Annual statistical returns and brief notes on vaccination in Bengal - 1887-1898
Year: 1887
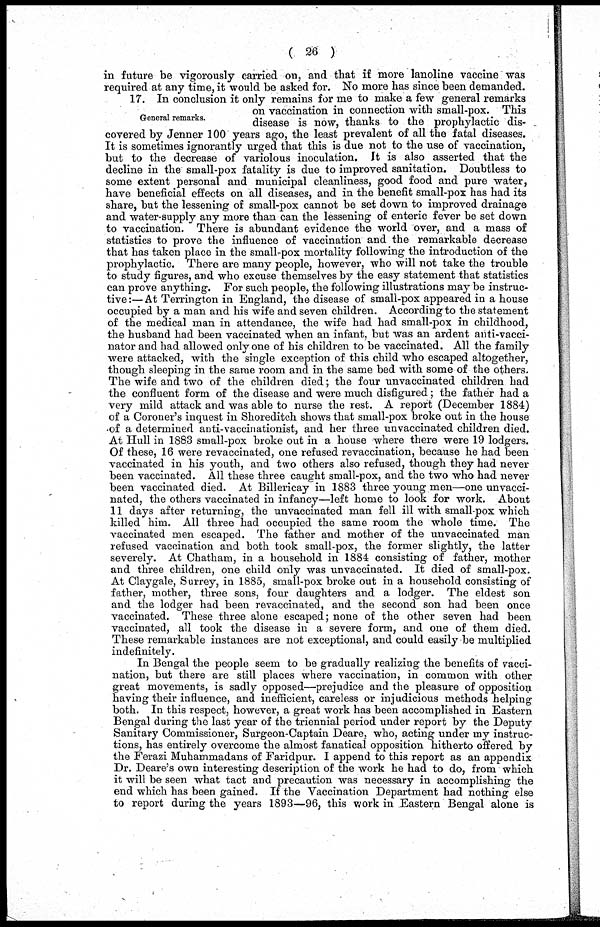
(26)
in future be vigorously carried on, and that if more lanoline vaccine was
required at any time, it would be asked for. No more has since been demanded.
General remarks.
17. In conclusion it only remains for me to make a few general remarks
on vaccination in connection with small-pox. This
disease is now, thanks to the prophylactic dis-
covered by Jenner 100 years ago, the least prevalent of all the fatal diseases.
It is sometimes ignorantly urged that this is due not to the use of vaccination,
but to the decrease of variolous inoculation. It is also asserted that the
decline in the small-pox fatality is due to improved sanitation. Doubtless to
some extent personal and municipal cleanliness, good food and pure water,
have beneficial effects on all diseases, and in the benefit small-pox has had its
share, but the lessening of small-pox cannot be set down to improved drainage
and water-supply any more than can the lessening of enteric fever be set down
to vaccination. There is abundant evidence the world over, and a mass of
statistics to prove the influence of vaccination and the remarkable decrease
that has taken place in the small-pox mortality following the introduction of the
prophylactic. There are many people, however, who will not take the trouble
to study figures, and who excuse themselves by the easy statement that statistics
can prove anything. For such people, the following illustrations may be instruc-
tive:— At Terrington in England, the disease of small-pox appeared in a house
occupied by a man and his wife and seven children. According to the statement
of the medical man in attendance, the wife had had small-pox in childhood,
the husband had been vaccinated when an infant, but was an ardent anti-vacci-
nator and had allowed only one of his children to be vaccinated. All the family
were attacked, with the single exception of this child who escaped altogether,
though sleeping in the same room and in the same bed with some of the others.
The wife and two of the children died; the four unvaccinated children had
the confluent form of the disease and were much disfigured; the father had a
very mild attack and was able to nurse the rest. A report (December 1884)
of a Coroner's inquest in Shoreditch shows that small-pox broke out in the house
of a determined anti-vaccinationist, and her three unvaccinated children died.
At Hull in 1883 small-pox broke out in a house where there were 19 lodgers.
Of these, 16 were revaccinated, one refused revaccination, because he had been
vaccinated in his youth, and two others also refused, though they had never
been vaccinated. All these three caught small-pox, and the two who had never
been vaccinated died. At Billericay in 1883 three young men—one unvacci-
nated, the others vaccinated in infancy—left home to look for work. About
11 days after returning, the unvaccinated man fell ill with small-pox which
killed him. All three had occupied the same room the whole time. The
vaccinated men escaped. The father and mother of the unvaccinated man
refused vaccination and both took small-pox, the former slightly, the latter
severely. At Chatham, in a household in 1884 consisting of father, mother
and three children, one child only was unvaccinated. It died of small-pox.
At Claygale, Surrey, in 1885, small-pox broke out in a household consisting of
father, mother, three sons, four daughters and a lodger. The eldest son
and the lodger had been revaccinated, and the second son had been once
vaccinated. These three alone escaped; none of the other seven had been
vaccinated, all took the disease in a severe form, and one of them died.
These remarkable instances are not exceptional, and could easily be multiplied
indefinitely.
In Bengal the people seem to be gradually realizing the benefits of vacci-
nation, but there are still places where vaccination, in common with other
great movements, is sadly opposed—prejudice and the pleasure of opposition
having their influence, and inefficient, careless or injudicious methods helping
both. In this respect, however, a great work has been accomplished in Eastern
Bengal during the last year of the triennial period under report by the Deputy
Sanitary Commissioner, Surgeon-Captain Deare, who, acting under my instruc-
tions, has entirely overcome the almost fanatical opposition hitherto offered by
the Ferazi Muhammadans of Faridpur. I append to this report as an appendix
Dr. Deare's own interesting description of the work he had to do, from which
it will be seen what tact and precaution was necessary in accomplishing the
end which has been gained. If the Vaccination Department had nothing else
to report during the years 1893—96, this work in Eastern Bengal alone is